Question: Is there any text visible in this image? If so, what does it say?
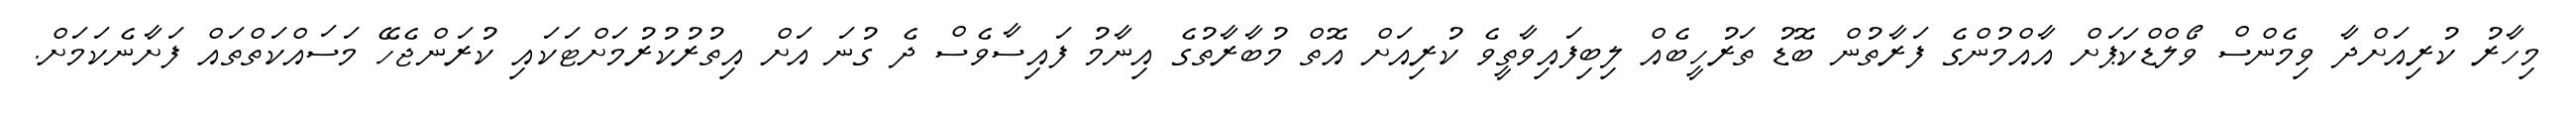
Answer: މިހާރު ކުރިއަށްދާ ވިމެންސް ވޯލްޑްކަޕަށް އާއްމުންގެ ފަރާތުން ބޮޑު ތަރުހީބެއް ލިބިފައިވާތީވެ ކުރިއަށް އޮތް މުބާރާތުގެ އިނާމު ފައިސާވެސް ދެ ގުނަ އަށް އިތުރުކުރުމަށްޓަކައި ކުރަންޖެހޭ މަސައްކަތްތައް ފަށާނެކަމަށް.